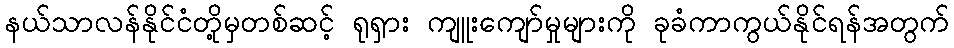
နယ်သာလန်နိုင်ငံတို့မှတစ်ဆင့် ရုရှား ကျူးကျော်မှုများကို ခုခံကာကွယ်နိုင်ရန်အတွက်